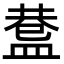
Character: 𥂅